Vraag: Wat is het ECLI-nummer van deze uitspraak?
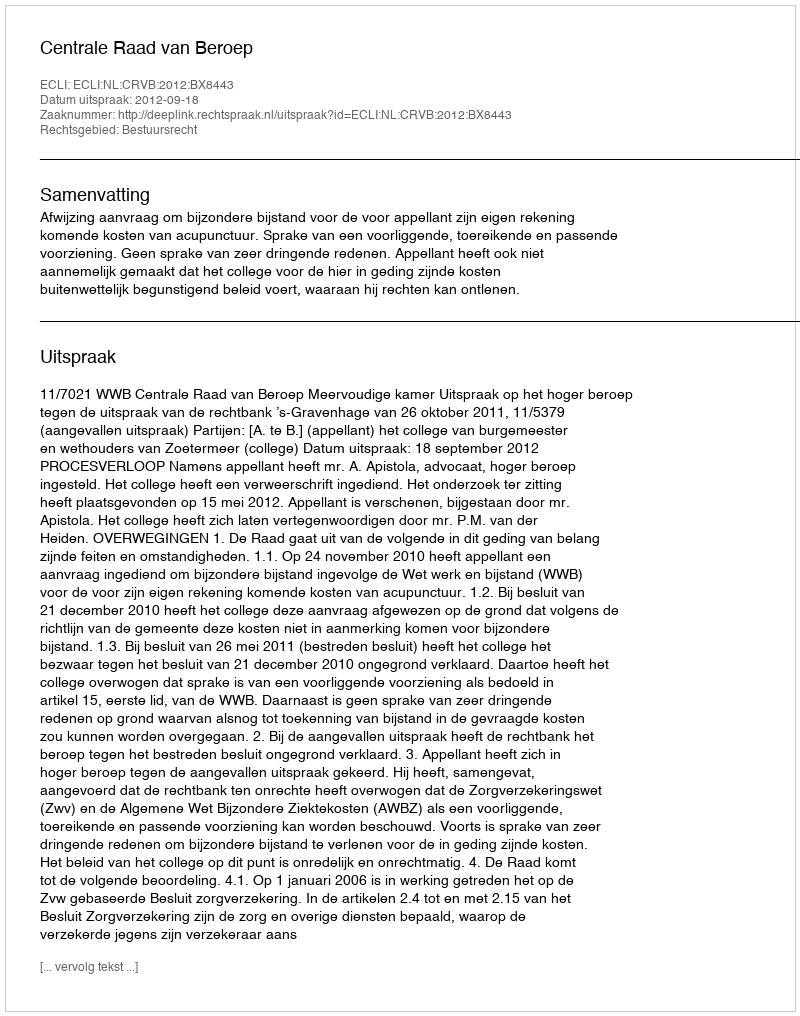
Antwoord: ECLI:NL:CRVB:2012:BX8443